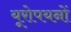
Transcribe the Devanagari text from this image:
यूरोपयनों